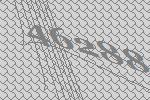
46288